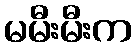
မမီးမီးက